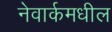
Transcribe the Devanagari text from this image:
नेवार्कमधील